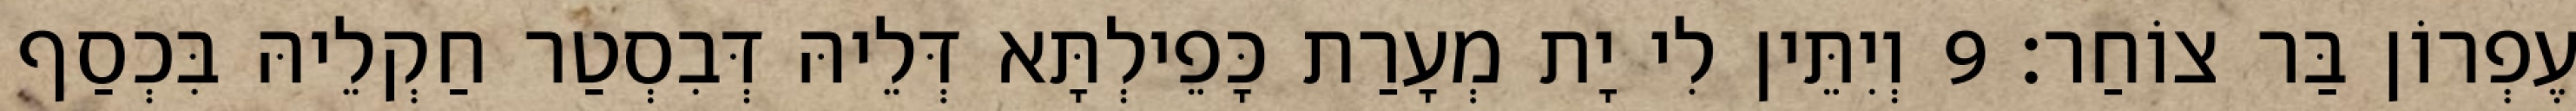
עֶפְרוֹן בַּר צוֹחַר׃ 9 וְיִתֵּין לִי יָת מְעָרַת כָּפֵילְתָּא דְּלֵיהּ דְּבִסְטַר חַקְלֵיהּ בִּכְסַף